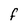
Character: F